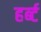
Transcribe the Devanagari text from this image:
हर्ब्ट